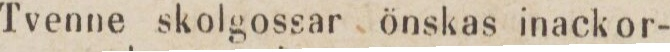
Tvenne skolgossar önskas inackor-